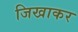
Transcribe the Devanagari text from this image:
जिखाकर